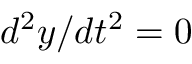
{ d ^ { 2 } y } / { d t ^ { 2 } } = 0